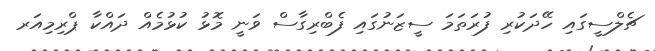
ޗެލްސީގައި ހޭދަކުރި ފުރަތަމަ ސީޒަނުގައި ފެބްރިގާސް ވަނީ މޮޅު ކުޅުމެއް ދައްކާ ޕްރިމިއަރ